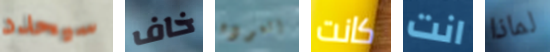
سيحدد خاف العوده كانت انت لماذا